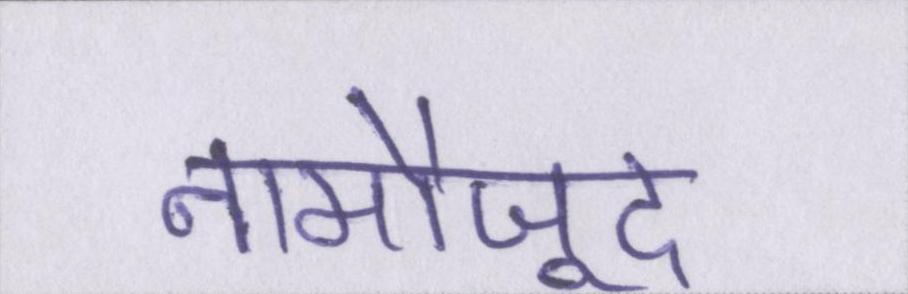
नामौजूद